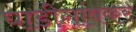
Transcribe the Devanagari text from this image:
घाडीगांवकर